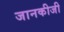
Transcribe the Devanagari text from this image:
जानकीजी